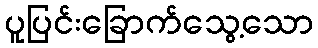
ပူပြင်းခြောက်သွေ့သော